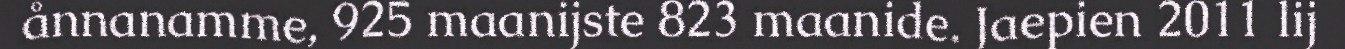
ånnanamme, 925 maanijste 823 maanide. Jaepien 2011 lij